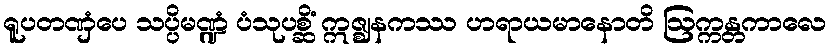
ရူပတဏှံပေ သပ္ပိမဏ္ဍံ ပံသုပစ္ဆိံ ဣဇ္ဈနကဿ ဟရာယမာနောတိ ဩက္ကန္တကာလေ